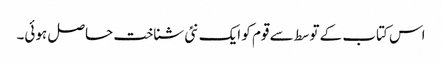
اس کتاب کے توسط سے قوم کو ایک نئی شناخت حاصل ہوئی۔